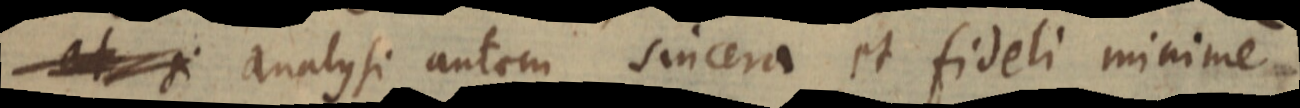
et si analysi autem sincera et fideli minime